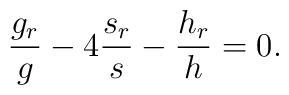
\frac{g_r}{g}-4\frac{s_r}{s}-\frac{h_r}{h}=0.